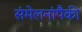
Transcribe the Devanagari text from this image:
संमेलनांपैकी